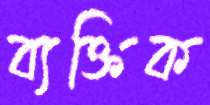
ব্যক্তিক